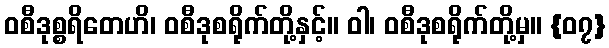
ဝစီဒုစ္စရိတေဟိ၊ ဝစီဒုစရိုက်တို့နှင့်။ ဝါ၊ ဝစီဒုစရိုက်တို့မှ။ {၀၇}